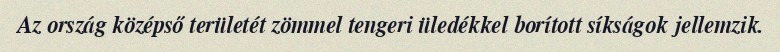
Az ország középső területét zömmel tengeri üledékkel borított síkságok jellemzik.